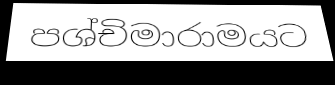
පශ්චිමාරාමයට